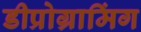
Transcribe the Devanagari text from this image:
डीप्रोग्रामिंग